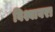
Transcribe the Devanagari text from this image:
विश्वावरा